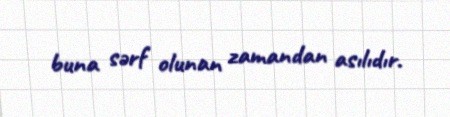
buna sərf olunan zamandan asılıdır.